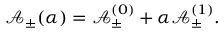
\mathbf { \mathcal { A } } _ { \pm } ( \alpha ) = \mathbf { \mathcal { A } } _ { \pm } ^ { ( 0 ) } + \alpha \mathbf { \mathcal { A } } _ { \pm } ^ { ( 1 ) } .